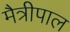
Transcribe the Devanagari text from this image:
मैत्रीपाल